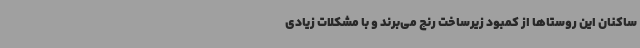
ساکنان این روستاها از کمبود زیرساخت رنج می‌برند و با مشکلات زیادی